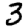
Digit: 3